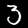
Label: 3